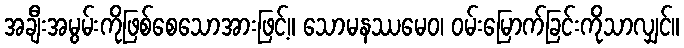
အချီးအမွမ်းကိုဖြစ်စေသောအားဖြင့်။ သောမနဿမေဝ၊ ဝမ်းမြောက်ခြင်းကိုသာလျှင်။